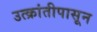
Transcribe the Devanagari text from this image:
उत्क्रांतीपासून